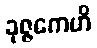
ခုဇ္ဇကေဟိ